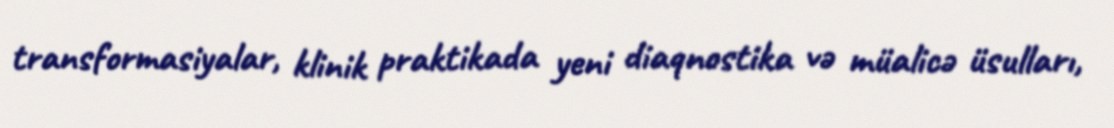
transformasiyalar, klinik praktikada yeni diaqnostika və müalicə üsulları,